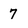
Character: 7